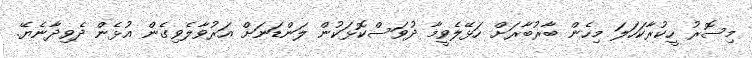
މިސޮރު ހީކުރާކަހަލަ މިހެން ބާރުބާރަށް ހަޅޭލެވީމާ ދުވަސްކޮޅަކުން ލަންޑަނަަށް އަރުވާލެވިގެން އުޅެން ދެވިދާނެޔޭ.